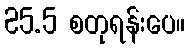
25.5 စတုရန်းပေ။